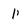
Character: 1